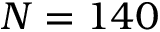
N = 1 4 0